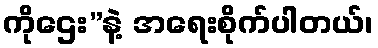
ကိုဌေး”နဲ့ အရေးစိုက်ပါတယ်၊